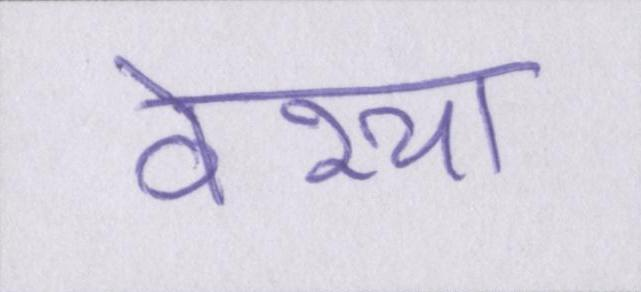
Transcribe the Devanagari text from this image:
वेश्या